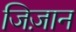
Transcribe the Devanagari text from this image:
जिज़ान